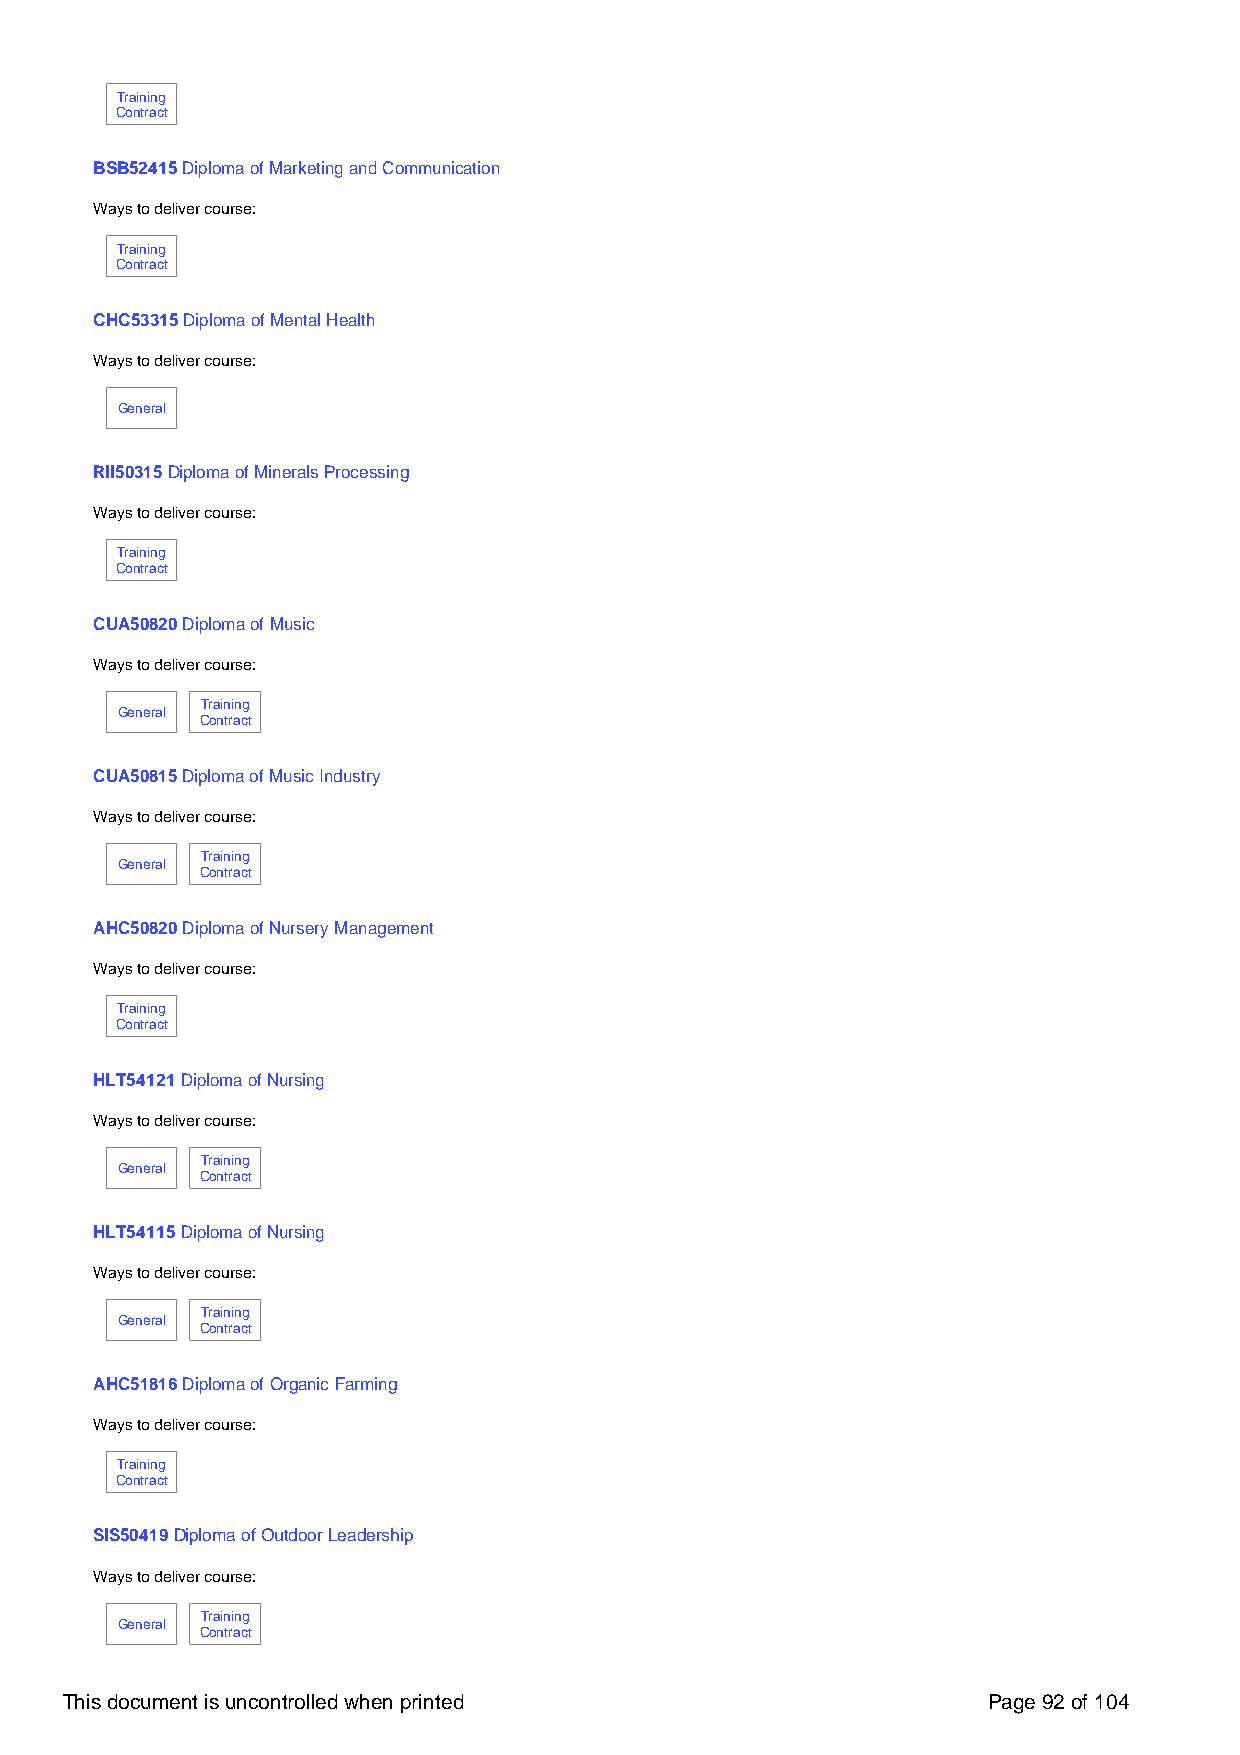
Training
 Contract
 BSB52415 Diploma of Marketing and Communication
 Ways to deliver course:
 Training
 Contract
 CHC53315 Diploma of Mental Health
 Ways to deliver course:
 General
 RII50315 Diploma of Minerals Processing
 Ways to deliver course:
 Training
 Contract
 CUA50820 Diploma of Music
 Ways to deliver course:
 Training
 General
 Contract
 CUA50815 Diploma of Music Industry
 Ways to deliver course:
 Training
 General
 Contract
 AHC50820 Diploma of Nursery Management
 Ways to deliver course:
 Training
 Contract
 HLT54121 Diploma of Nursing
 Ways to deliver course:
 Training
 General
 Contract
 HLT54115 Diploma of Nursing
 Ways to deliver course:
 Training
 General
 Contract
 AHC51816 Diploma of Organic Farming
 Ways to deliver course:
 Training
 Contract
 SIS50419 Diploma of Outdoor Leadership
 Ways to deliver course:
 Training
 General
 Contract
 This document is uncontrolled when printed                   Page 92 of 104